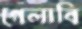
গেলাবি